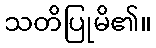
သတိပြုမိ၏။